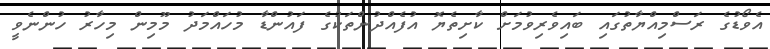
އެވޯޑުގެ ރަސްމިއްޔާތުގައި ބައިވެރިވުމަށް ކާށިތެޔޮ އުފެއްދުންތަކުގެ ފައުންޑާ މުހައްމަދު މޫމިން މިހާރު ހުންނެވީ